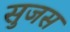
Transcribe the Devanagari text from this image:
सुजस